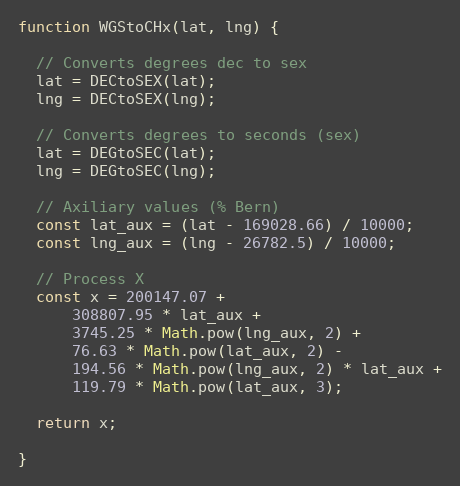
Language: JavaScript
function WGStoCHx(lat, lng) {

  // Converts degrees dec to sex
  lat = DECtoSEX(lat);
  lng = DECtoSEX(lng);

  // Converts degrees to seconds (sex)
  lat = DEGtoSEC(lat);
  lng = DEGtoSEC(lng);

  // Axiliary values (% Bern)
  const lat_aux = (lat - 169028.66) / 10000;
  const lng_aux = (lng - 26782.5) / 10000;

  // Process X
  const x = 200147.07 +
      308807.95 * lat_aux +
      3745.25 * Math.pow(lng_aux, 2) +
      76.63 * Math.pow(lat_aux, 2) -
      194.56 * Math.pow(lng_aux, 2) * lat_aux +
      119.79 * Math.pow(lat_aux, 3);

  return x;

}